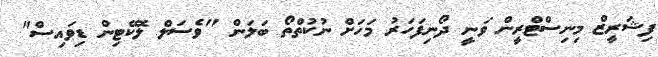
ފިޝަރީޒް މިނިސްޓްރީން ވަނީ ދޯނިފަހަރު މަހަށް ނުކުތްތޯ ބަލަން "ވެސަލް ލޮކޭޓިން ޑިވައިސް"